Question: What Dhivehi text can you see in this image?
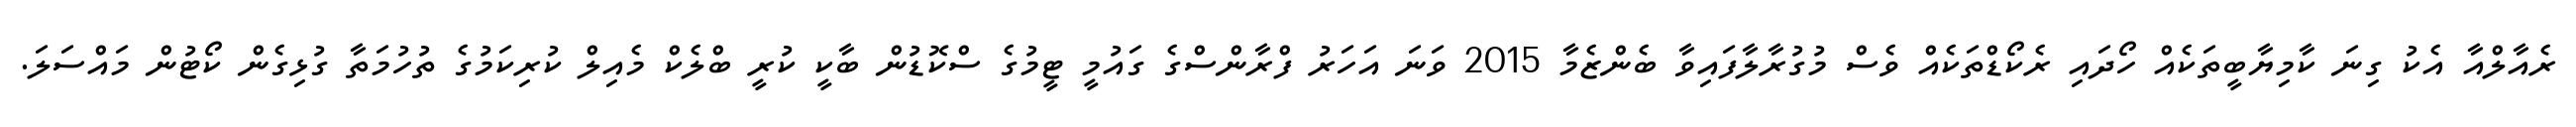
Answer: ރެއާލްއާ އެކު ގިނަ ކާމިޔާބީތަކެއް ހޯދައި ރެކޯޑްތަކެއް ވެސް މުގުރާލާފައިވާ ބެންޒެމާ 2015 ވަނަ އަހަރު ފްރާންސްގެ ގައުމީ ޓީމުގެ ސްކޮޑުން ބާކީ ކުރީ ބްލެކް މެއިލް ކުރިކަމުގެ ތުހުމަތާ ގުޅިގެން ކޯޓުން މައްސަލަ.